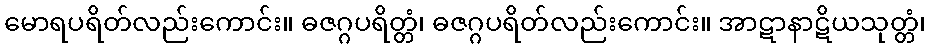
မောရပရိတ်လည်းကောင်း။ ဓဇဂ္ဂပရိတ္တံ၊ ဓဇဂ္ဂပရိတ်လည်းကောင်း။ အာဋာနာဋိယသုတ္တံ၊